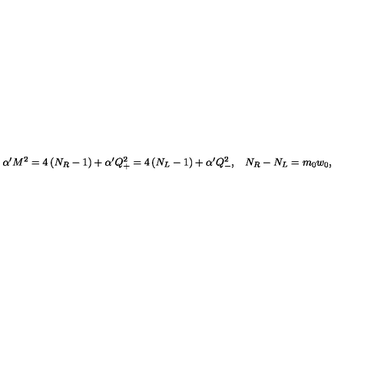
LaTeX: \begin{array} { c c } { \alpha ^ { \prime } M ^ { 2 } = 4 \left( N _ { R } - 1 \right) + \alpha ^ { \prime } Q _ { + } ^ { 2 } = 4 \left( N _ { L } - 1 \right) + \alpha ^ { \prime } Q _ { - } ^ { 2 } , } & { N _ { R } - N _ { L } = m _ { 0 } w _ { 0 } , } \\ \end{array}